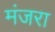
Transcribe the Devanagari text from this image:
मंजरा